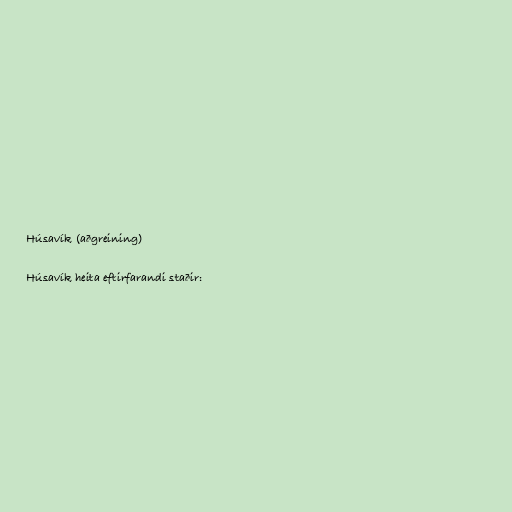
Húsavík (aðgreining)

Húsavík heita eftirfarandi staðir: